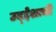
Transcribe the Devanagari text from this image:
उद्द्देशाची